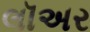
લૉઅર